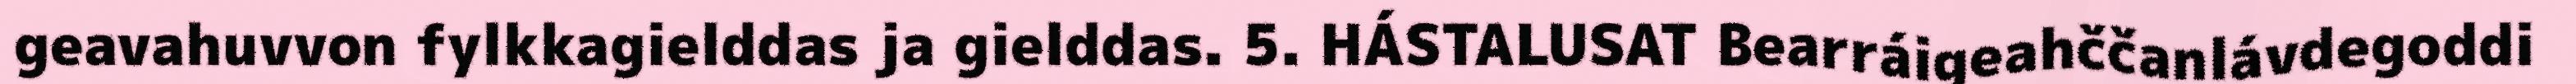
geavahuvvon fylkkagielddas ja gielddas. 5. HÁSTALUSAT Bearráigeahččanlávdegoddi